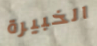
الخبيرة